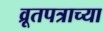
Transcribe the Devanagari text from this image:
व्रूतपत्राच्या